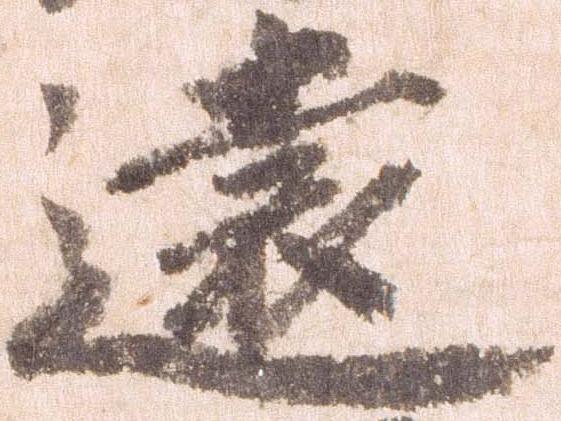
遠